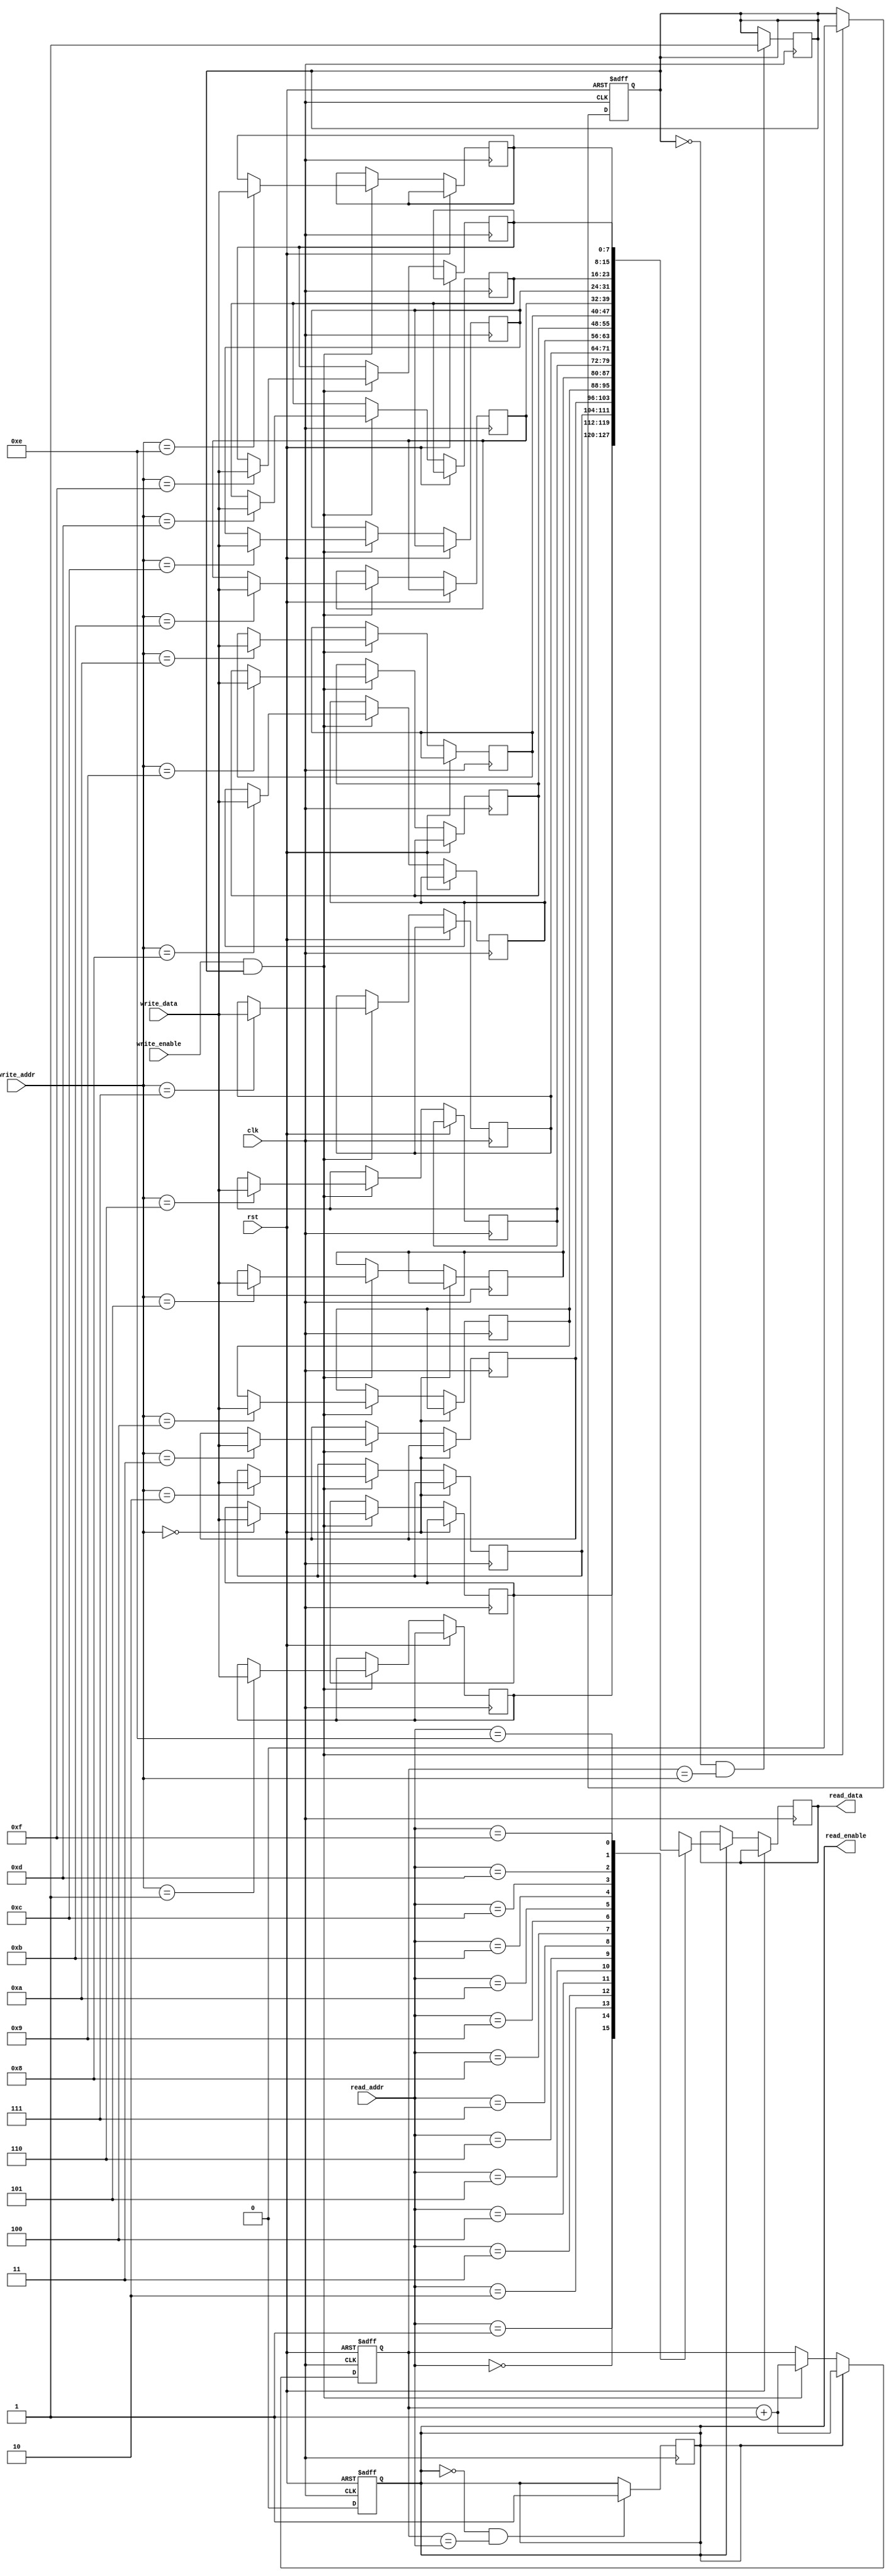
module dual_port_ram (
    input wire clk,
    input wire rst,
    input wire [7:0] write_data,
    input wire [3:0] write_addr,
    input wire write_enable,
    output wire [7:0] read_data,
    input wire [3:0] read_addr,
    output wire read_enable
);

reg [7:0] mem [15:0];

reg [7:0] pipeline_reg;
reg [3:0] address_reg;
reg write_ready;
reg read_ready;

always @(posedge clk or posedge rst) begin
    if(rst) begin
        pipeline_reg <= 8'h00;
        address_reg <= 4'b0000;
        write_ready <= 1'b1;
        read_ready <= 1'b1;
    end else begin
        if(write_enable && write_ready) begin
            mem[write_addr] <= write_data;
            write_ready <= 1'b0;
            address_reg <= address_reg + 1;
        end
        if(read_ready) begin
            read_data <= mem[read_addr];
            address_reg <= address_reg + 1;
            read_ready <= 1'b0;
        end
    end
end

always @(posedge clk) begin
    if(write_ready == 0 && address_reg == write_addr) begin
        write_ready <= 1'b1;
    end
    if(read_ready == 0 && address_reg == read_addr) begin
        read_ready <= 1'b1;
    end
end

assign read_enable = read_ready;

endmodule